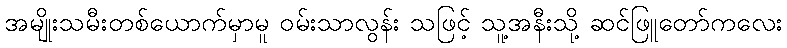
အမျိုးသမီးတစ်ယောက်မှာမူ ဝမ်းသာလွန်း သဖြင့် သူ့အနီးသို့ ဆင်ဖြူတော်ကလေး